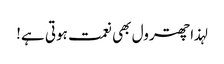
لہذا چھترول بھی نعمت ہوتی ہے!